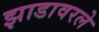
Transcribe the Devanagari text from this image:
झाडावरले